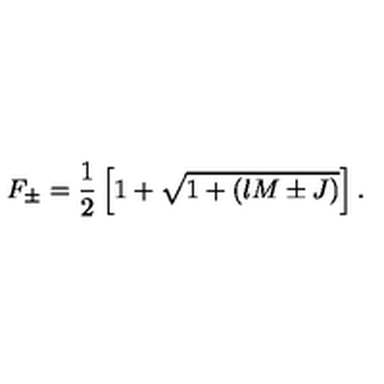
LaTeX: F _ { \pm } = \frac { 1 } { 2 } \left[ 1 + \sqrt { 1 + ( l M \pm J ) } \right] .